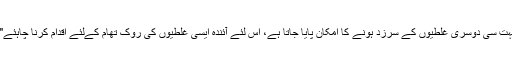
انہوں نے اس بات کی جانب اشارہ کرتے ہوئے کہ "پہلی غلطی کے نتیجے میں بہت سی دوسری غلطیوں کے سرزد ہونے کا امکان پایا جاتا ہے، اس لئے آئندہ ایسی غلطیوں کی روک تھام کےلئے اقدام کرنا چاہئے" کہا: ضروری ہےکہ امام اور اس کے اہداف کی صحیح شناخت پر کام کیا جائے۔